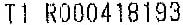
T1 R000418193